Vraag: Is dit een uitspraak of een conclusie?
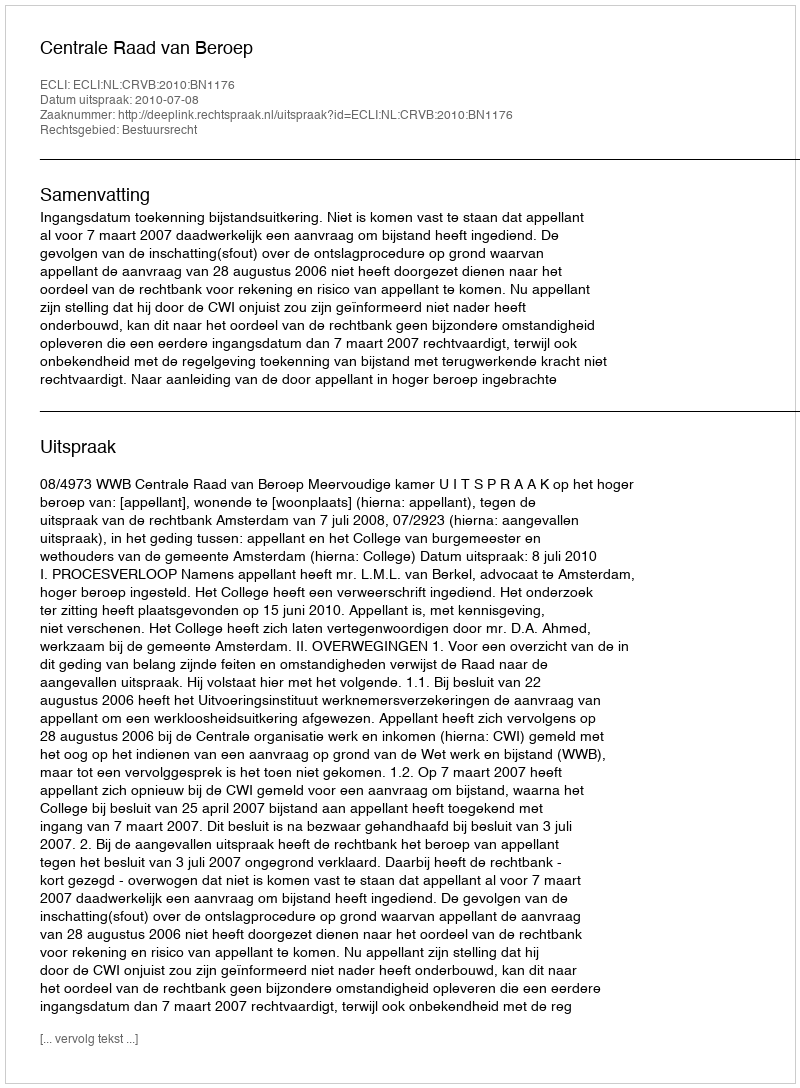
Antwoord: Uitspraak